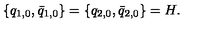
\{ q _ { 1 , 0 } , \bar { q } _ { 1 , 0 } \} = \{ q _ { 2 , 0 } , \bar { q } _ { 2 , 0 } \} = H .